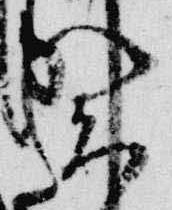
賀